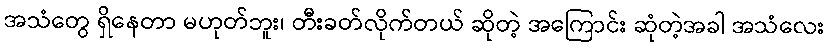
အသံတွေ ရှိနေတာ မဟုတ်ဘူး၊ တီးခတ်လိုက်တယ် ဆိုတဲ့ အကြောင်း ဆုံတဲ့အခါ အသံလေး